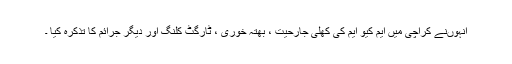
انہوںنے کراچی میں ایم کیو ایم کی کھلی جارحیت ، بھتہ خوری ، ٹارگٹ کلنگ اور دیگر جرائم کا تذکرہ کیا ۔